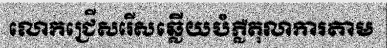
លោកជ្រើសរើសឆ្លើយបំភ្លឺតុលាការតាម